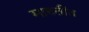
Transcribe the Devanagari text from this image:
मारुतींत